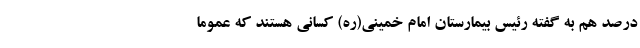
درصد هم به گفته رئیس بیمارستان امام خمینی(ره) کسانی هستند که عموماً